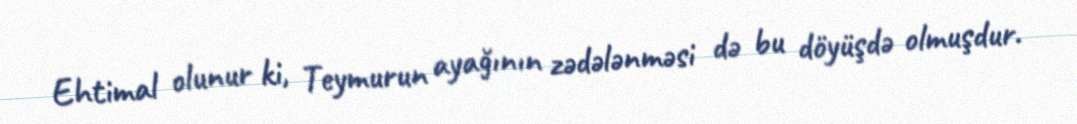
Ehtimal olunur ki, Teymurun ayağının zədələnməsi də bu döyüşdə olmuşdur.